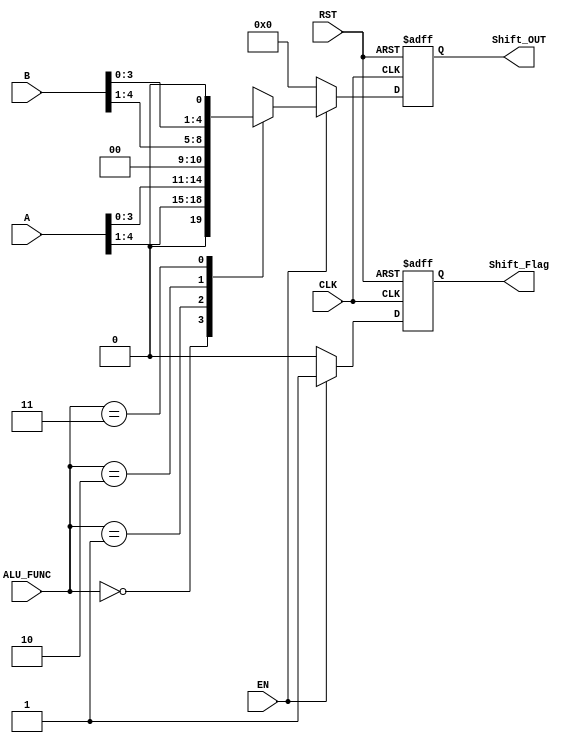
`timescale 1us / 1ns
//////////////////////////////////////////////////////////////////////////////////
// Diploma: By Eng. Ali Mohamed Eltemsah
// Design Name: DigIC_Dip08_09_V_W4
// Module Name: SHIFT_UNIT
// Project Name: Assignment 4.1
//////////////////////////////////////////////////////////////////////////////////


module SHIFT_UNIT #(parameter A_WIDTH = 5, B_WIDTH = 5, SHIFT_WIDTH = 5)
    (
        input   wire    [A_WIDTH - 1 : 0]       A,
        input   wire    [B_WIDTH - 1 : 0]       B,
        input   wire    [1 : 0]                 ALU_FUNC,
        input   wire                            CLK, RST, EN,
        output  wire    [SHIFT_WIDTH - 1 : 0]   Shift_OUT,
        output  wire                            Shift_Flag
    );
    reg [SHIFT_WIDTH - 1 : 0] Q_reg, Q_next;
    reg                       Shift_Flag_reg, Shift_Flag_next;
    always @(posedge CLK, negedge RST)
        begin
            if (~RST)
                begin
                    Q_reg <= 0;
                    Shift_Flag_reg <= 1'b0;
                end
            else
                begin
                    Q_reg <= Q_next;
                    Shift_Flag_reg <= Shift_Flag_next;
                end
        end
    
    always @(*)
        begin
            if (EN)
                begin
                    Shift_Flag_next = 1'b1;
                    case (ALU_FUNC[1:0])
                        2'b00:      Q_next =   A >> 1; 
                        2'b01:      Q_next =   A << 1;
                        2'b10:      Q_next =   B >> 1; 
                        2'b11:      Q_next =   B << 1;
                        default:    Q_next =   0;
                    endcase
                end
            else
                begin
                    Q_next = 0;
                    Shift_Flag_next = 1'b0;
                end
        end
        
    assign Shift_Flag = Shift_Flag_reg;
    assign Shift_OUT = Q_reg;
endmodule